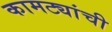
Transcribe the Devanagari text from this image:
कामट्यांची